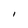
Character: I